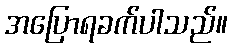
အပြောရခက်ပါသည်။